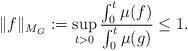
LaTeX: \begin{align*}\|f\|_{M_G}:=\sup_{t>0}\frac{\int_0^t \mu(f)}{\int_0^t \mu(g)}\leq 1.\end{align*}